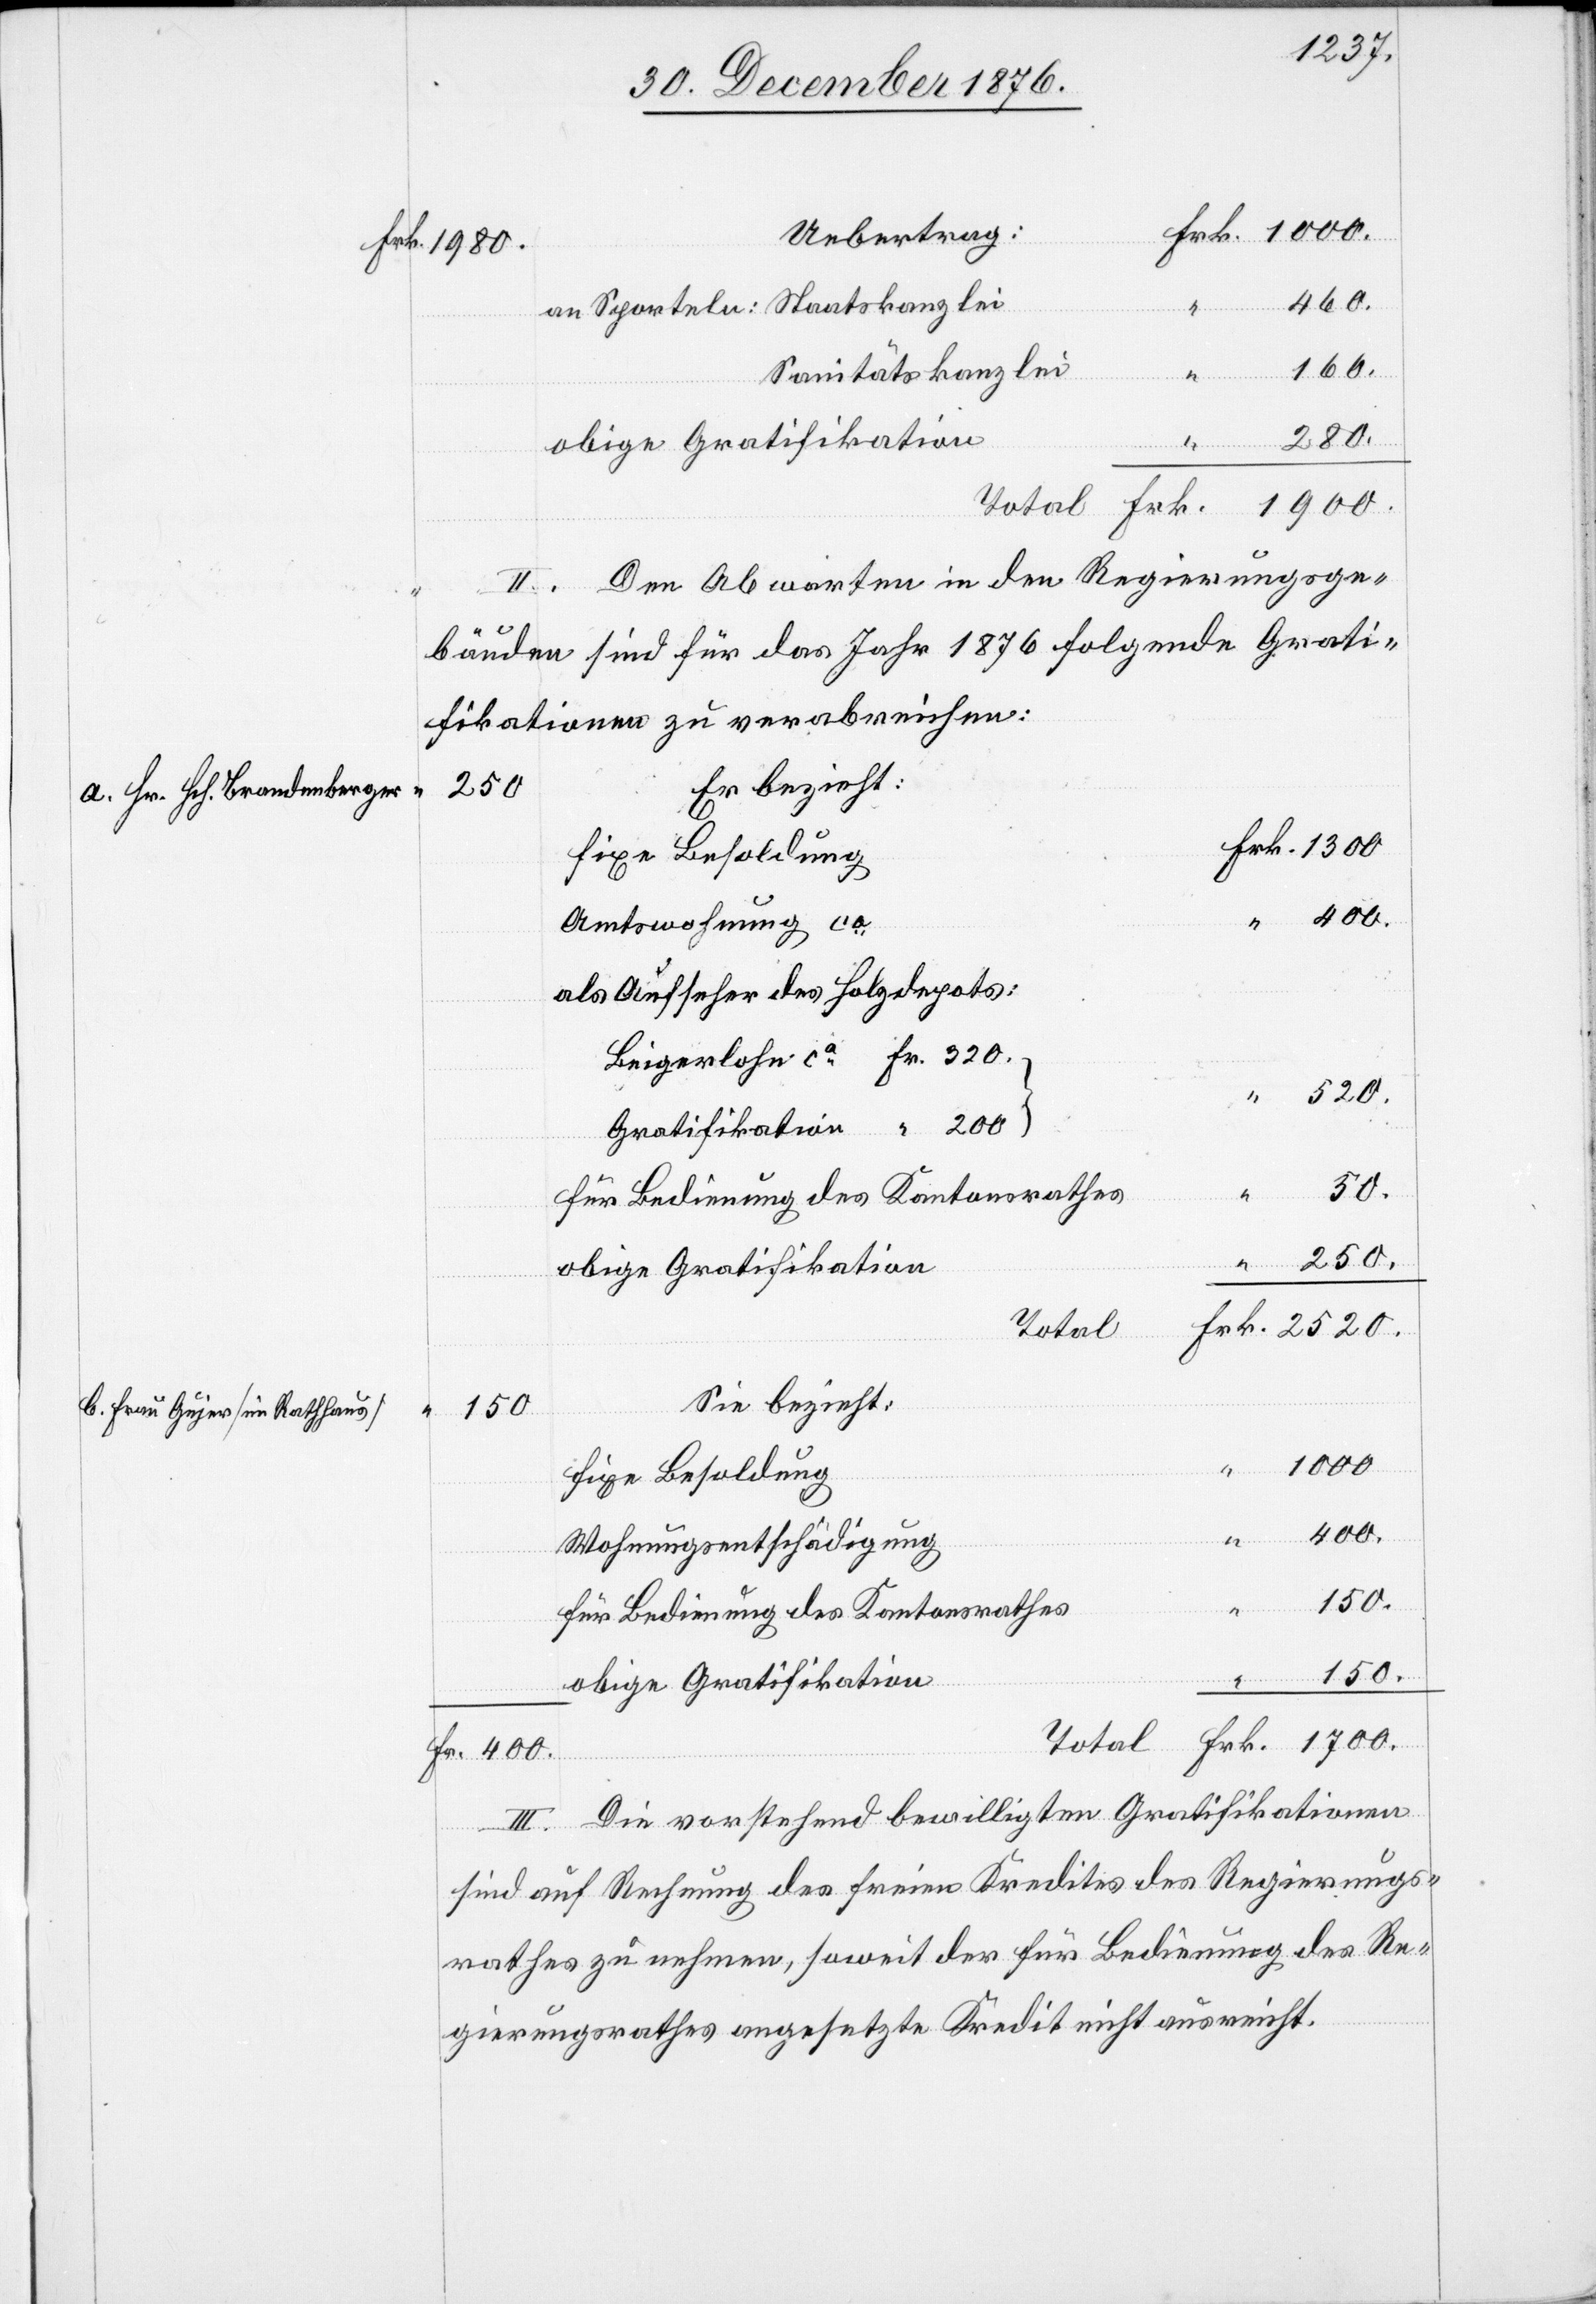
460.
Fr.
an Sporteln: Staatskanzlei
Sanitätskanzlei
II. Den Abwarten in den Regierungs¬
bänden sind für das Jahr 1876 folgende Grati¬
fikationen zu verabreichen:
Er bezieht:
2520.
fixe Besoldung
Amtswohnung ca
als Aufseher des Holzdepots:
Beigelohn ca Frk. 320
Gratifikation “ 200
50.
Frk.
Total
Sie bezieht:
150
1700.
b.
400.
Wohnungsentschädigung
für Bedienung des Kantonsrathes
150.
obige Gratifikation
III. Die vorstehend bewilligten Gratifikationen
enberger
sind auf Rechnung des freien Kredites des Regierungs¬
rathes zu nehmen, soweit der für Bedienung des Re¬
gierungsrathes angesetzt Kredit nicht ausreicht.